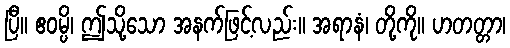
ပြီ။ ဧဝမ္ပိ၊ ဤသို့သော အနက်ဖြင့်လည်း။ အရာနံ၊ တို့ကို။ ဟတတ္တာ၊